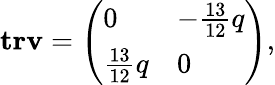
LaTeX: \mathbf{trv}=\left(\begin{array}{ll}{0}&{-\frac{13}{12}q}\\ {\frac{13}{12}q}&{0}\end{array}\right),